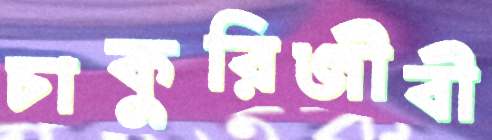
চাকুরিজীবী